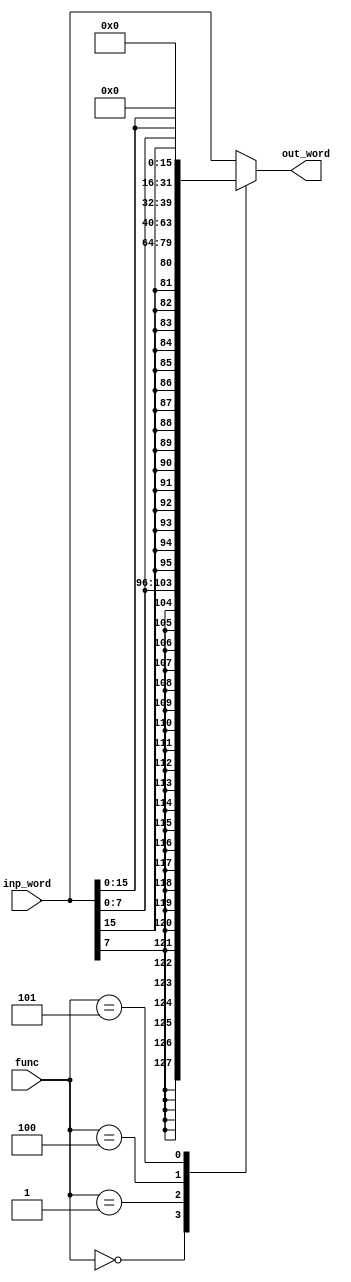
module width_sel(
    input               [2:0]     func,
    input               [31:0]    inp_word,
    output      reg     [31:0]    out_word
  );
    
  localparam      BYTE         = 3'b000;
  localparam      HALFWORD     = 3'b001;
  localparam      WORD         = 3'b010;
  localparam      BYTE_U       = 3'b100;
  localparam      HALFWORD_U   = 3'b101;

  reg signed [31:0] singed_word;
    
  reg signed [31:0] singed_byte;
  reg signed [31:0] singed_halfword;
    
  always @(*) begin
    singed_word = inp_word;

    singed_byte = (singed_word << 24) >>> 24;
    singed_halfword = (singed_word << 16) >>> 16;

    case(func)
      BYTE: begin
        out_word = singed_byte;
      end
      HALFWORD: begin
        out_word = singed_halfword;
      end
      WORD: begin
        out_word = inp_word;
      end
      BYTE_U: begin
        out_word = {24'b0, inp_word[7:0]};
      end
      HALFWORD_U: begin
        out_word = {16'b0, inp_word[15:0]};
      end
      default: begin
        out_word = inp_word;
      end
    endcase
  end 
endmodule